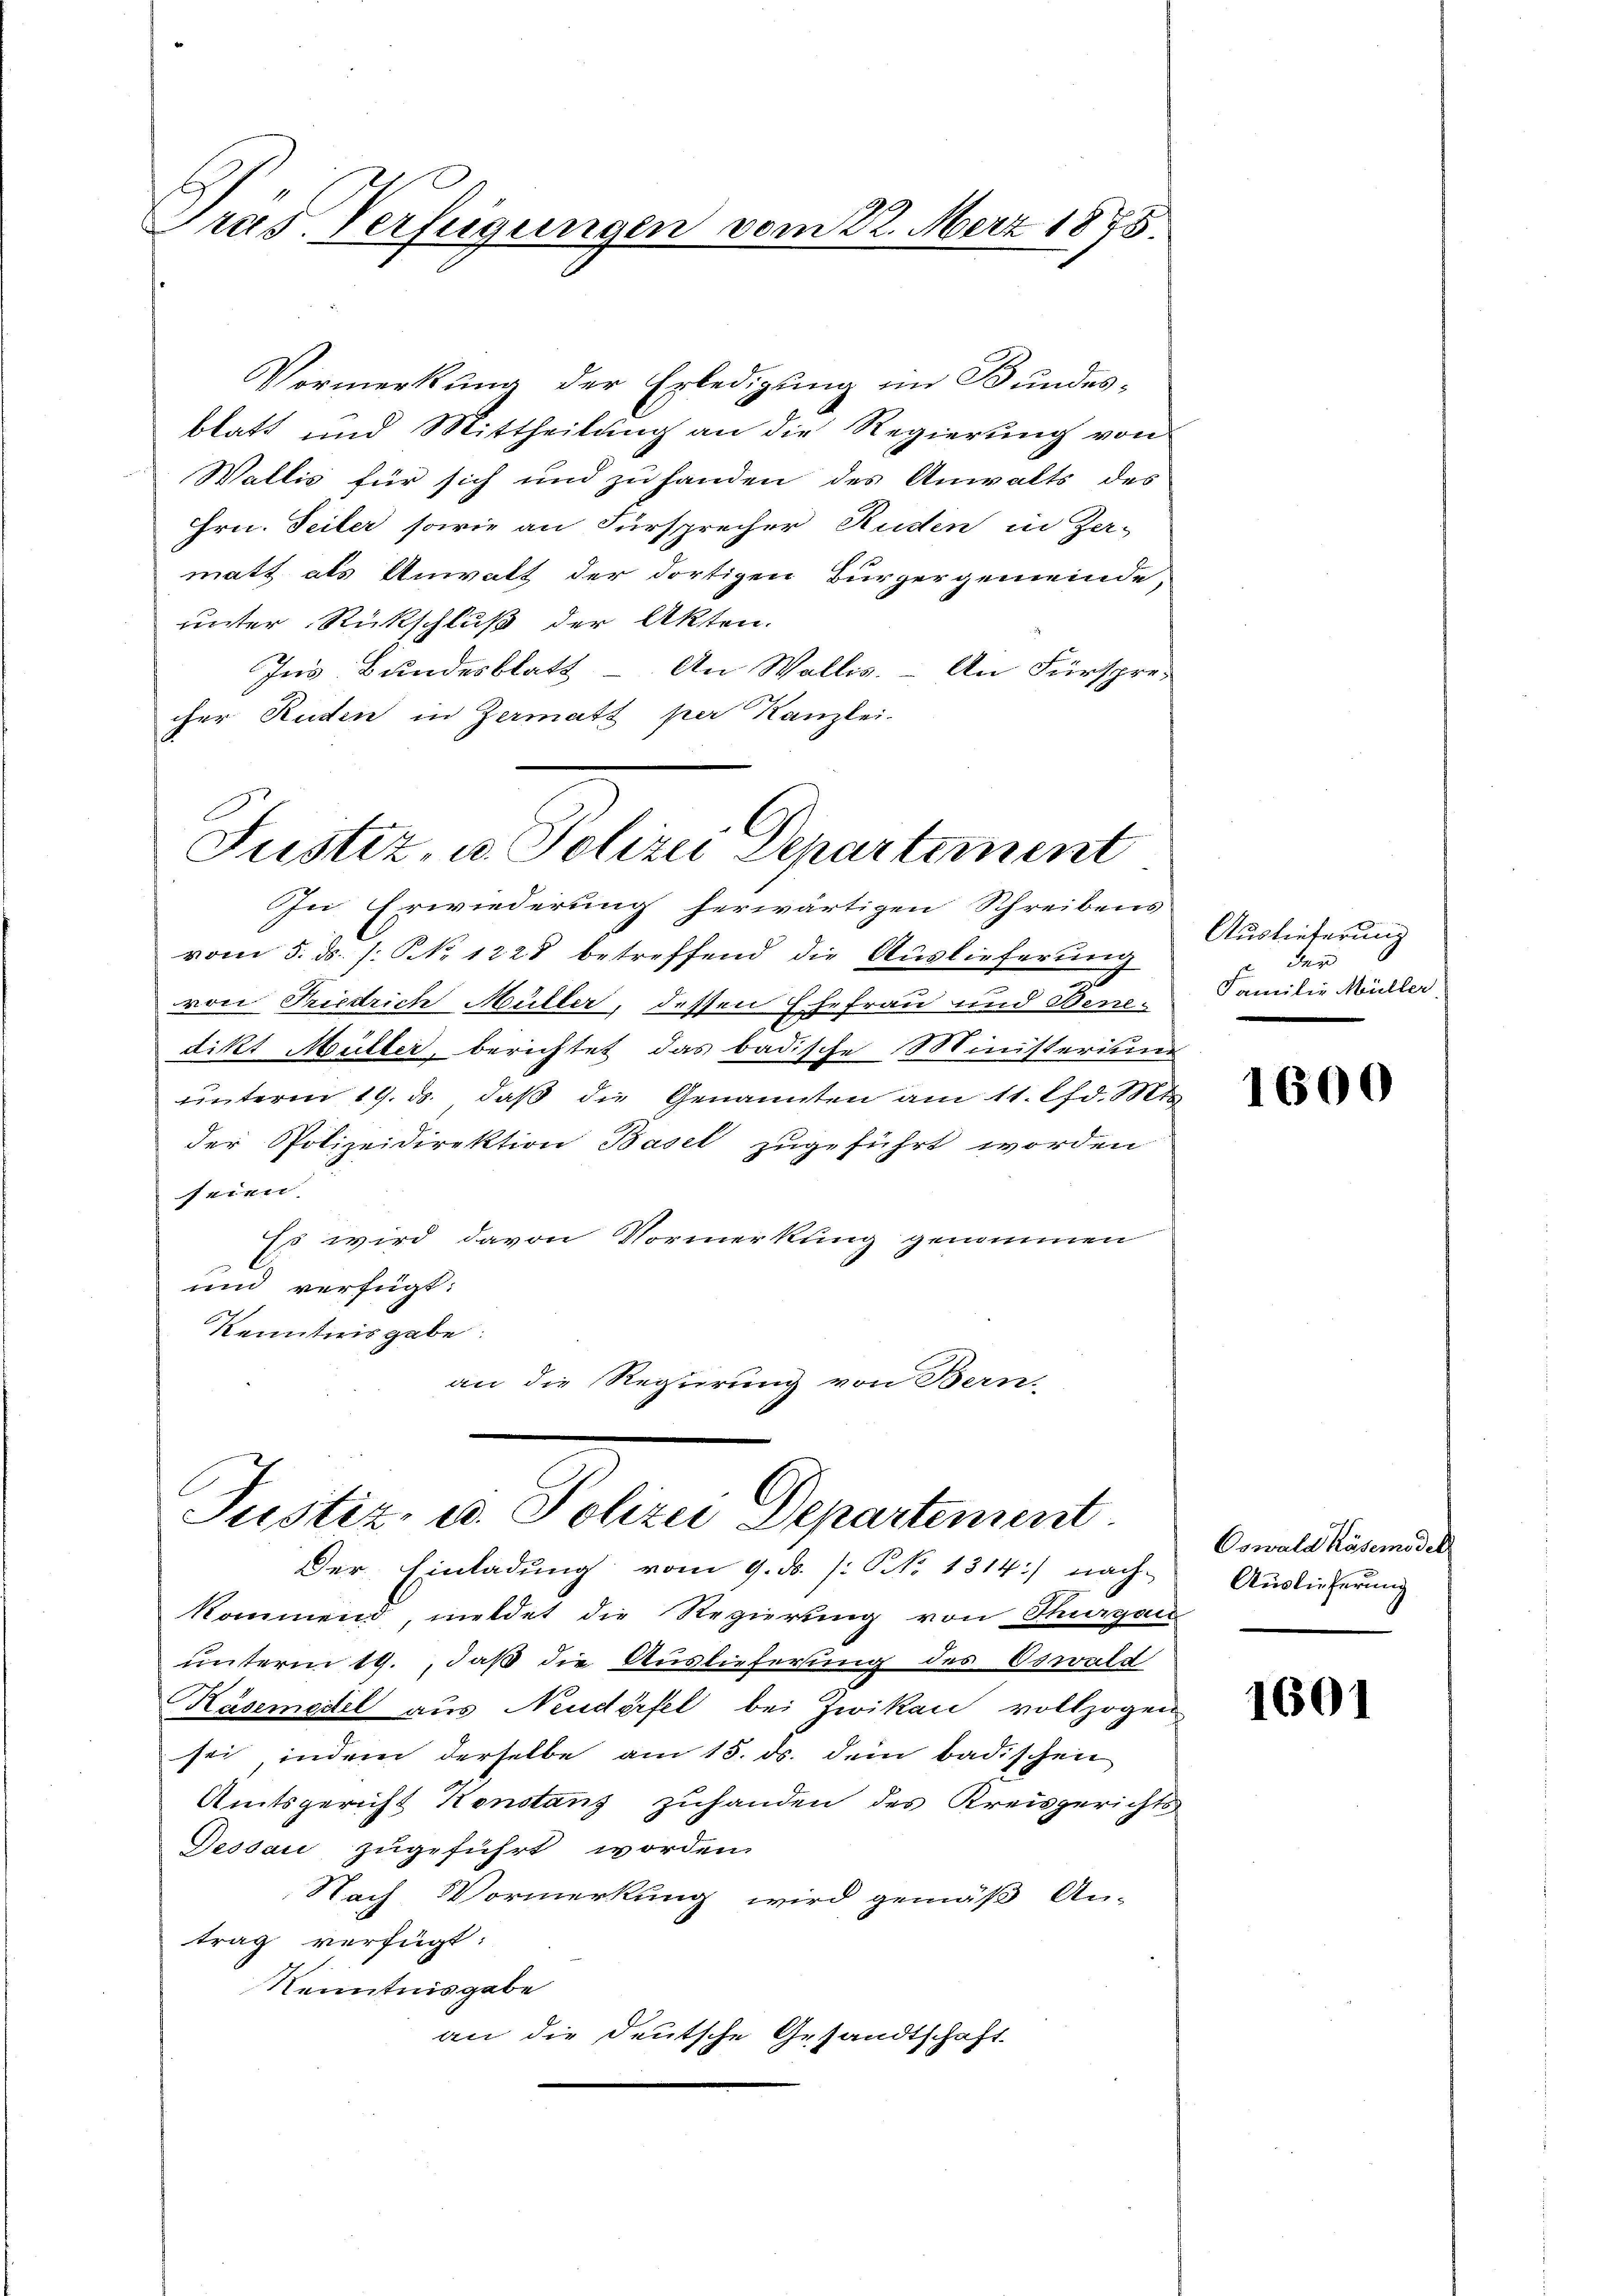
Pras. Verfügungen vom 22. März 1875.

Vormerkung der Erledigung im Bundesblatt und Mittheilung an die Regierung von
Wallis für sich und zu handen des Anwalts des
Hrn. Seiter sowie an Fürsprecher Ruden in Zer-
matt als Anwalt der dortigen Bürgergemeinde,
unter Rückschluß der Akten.
Ins Bundesblatt - An Wallis. – An Fürspre-
cher Ruden in Zermatt per Kanzlei-
vom 5. ds. s. No. 1228 betreffend die Auslieferung
von Friedrich Müller, dessen Ehefrau und Bene-
dikt Müller, berichtet das badische Ministeritum
unterm 19. ds., daß die Genannten am 11. d. Mt.
der Polizeidirektion Basel zugeführt worden
seine
Es wird davon Vormerkung genommen
und verfügt:
Kenntnisgabe
an die Regierung von Bern.

Justiz, u. Polizei Departement
In Erwiederung herwärtigen Schreibens

Justiz- u. Polizei Departement

Auslieferung
p. der
Familie Müller

Der Einladung vom 9. ds. /: No 1314) nach Auslieferŭng
kommend, meldet die Regierung von Thurgau
unterm 19., daß die Auslieferung des Oswald
Käsemedel aus Neuderfel bei Zwikau vollzogen
sei, indem derselbe am 15. ds. dem badischen
Amtsgericht Konstanz zuhanden des Kreisgerichts
Dessau zugeführt worden.
Nach Vormerkung wird gemäß An-
trag verfügt:
Kenntnisgabe
an die Deutsche Gesandtschaft

1600

Oswald Käsemodel

1601